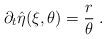
LaTeX: \begin{align*}\partial_t \hat{\eta}(\xi,\theta) =\frac{r}{\theta}\;.\end{align*}